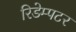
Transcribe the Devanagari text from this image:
रिडेम्पटर